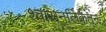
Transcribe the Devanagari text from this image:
श्वासनलिकेतून